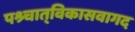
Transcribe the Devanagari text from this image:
पश्र्चात्‌विकासवागद